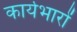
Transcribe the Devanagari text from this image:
कार्यभारों